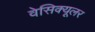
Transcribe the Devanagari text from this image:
वेसिक्यूलर